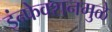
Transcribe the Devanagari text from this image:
इंन्फेक्शनमुळे